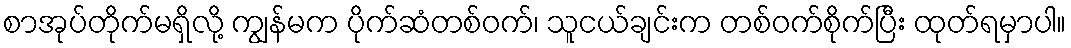
စာအုပ်တိုက်မရှိလို့ ကျွန်မက ပိုက်ဆံတစ်ဝက်၊ သူငယ်ချင်းက တစ်ဝက်စိုက်ပြီး ထုတ်ရမှာပါ။